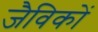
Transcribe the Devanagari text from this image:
जैविकों